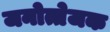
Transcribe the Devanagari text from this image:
जनोत्तेजक